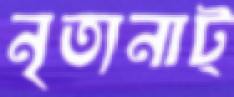
নৃত্যনাট্